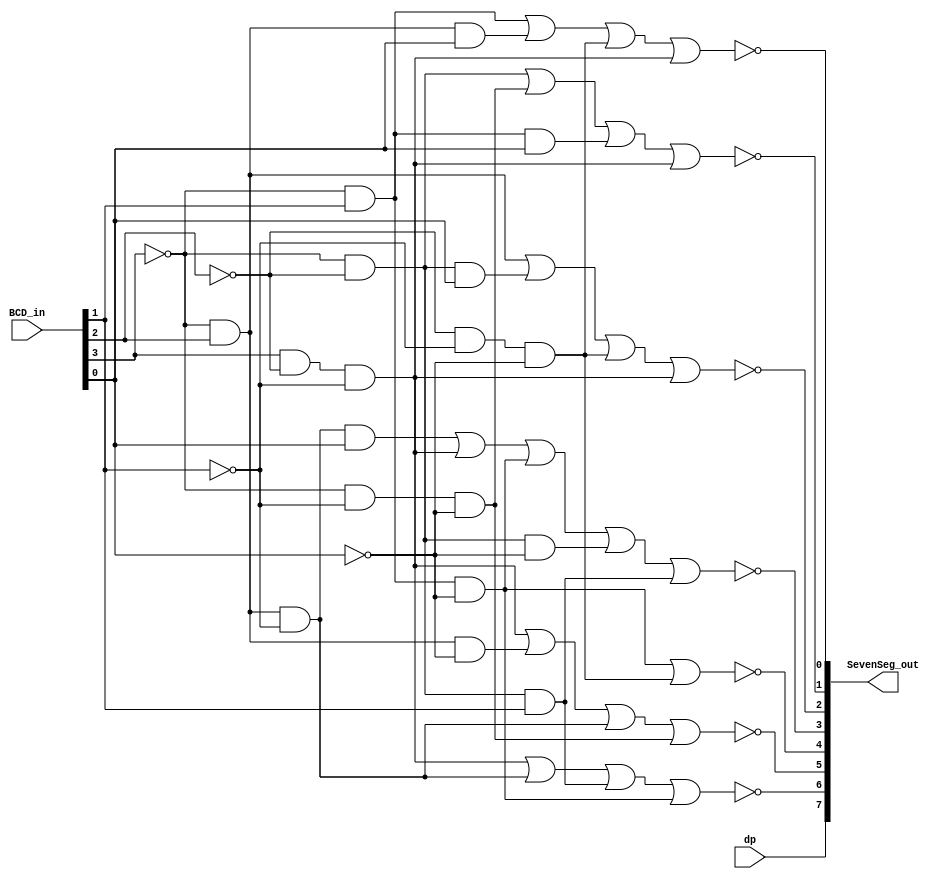
module BCDToSevenSeg(
	input [3:0] BCD_in,
	input dp,
	output [7:0] SevenSeg_out
);
assign SevenSeg_out[0] = ~(~BCD_in[3] & BCD_in[1] | ~BCD_in[3] & BCD_in[2] & BCD_in[0] | ~BCD_in[2] & ~BCD_in[1] & ~BCD_in[0] | BCD_in[3] & ~BCD_in[2] & ~BCD_in[1]);
assign SevenSeg_out[1] = ~(~BCD_in[3] & ~BCD_in[2] | ~BCD_in[3] & ~BCD_in[1] & ~BCD_in[0] | ~BCD_in[3] & BCD_in[1] & BCD_in[0] | BCD_in[3] & ~BCD_in[2] & ~BCD_in[1]);
assign SevenSeg_out[2] = ~(~BCD_in[3] & BCD_in[2] | ~BCD_in[3] & ~BCD_in[2] & BCD_in[0] | ~BCD_in[2] & ~BCD_in[1] & ~BCD_in[0] | BCD_in[3] & ~BCD_in[2] & ~BCD_in[1]);
assign SevenSeg_out[3] = ~(~BCD_in[3] & BCD_in[2] & ~BCD_in[1] & BCD_in[0] | BCD_in[3] & ~BCD_in[2] & ~BCD_in[1] | ~BCD_in[3] & BCD_in[1] & ~BCD_in[0] | ~BCD_in[3] & ~BCD_in[2] & ~BCD_in[0] | ~BCD_in[3] & ~BCD_in[2] & BCD_in[1]);
assign SevenSeg_out[4] = ~(~BCD_in[3] & BCD_in[1] & ~BCD_in[0] | ~BCD_in[2] & ~BCD_in[1] & ~BCD_in[0]);
assign SevenSeg_out[5] = ~(BCD_in[3] & ~BCD_in[2] & ~BCD_in[1] | ~BCD_in[3] & BCD_in[2] & ~BCD_in[0] | ~BCD_in[3] & BCD_in[2] & ~BCD_in[1] | ~BCD_in[3] & ~BCD_in[1] & ~BCD_in[0]);
assign SevenSeg_out[6] = ~(BCD_in[3] & ~BCD_in[2] & ~BCD_in[1] | ~BCD_in[3] & BCD_in[2] & ~BCD_in[1] | ~BCD_in[3] & ~BCD_in[2] & BCD_in[1] | ~BCD_in[3] & BCD_in[1] & ~BCD_in[0]);
assign SevenSeg_out[7] = dp;

endmodule